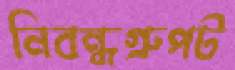
নিবন্ধগ্রুপট